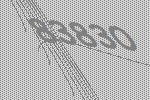
83830